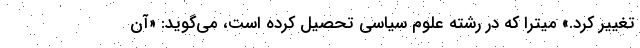
تغییر کرد.» میترا که در رشته علوم سیاسی تحصیل کرده است، می‌گوید: «آن